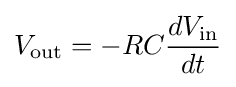
V_{\text{out}}=-RC{\frac {dV_{\text{in}}}{dt}}